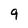
Character: 9